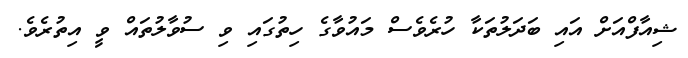
ޝިއާފްއަށް އައި ބަދަލުތަކާ ހުރެވެސް މައުވާގެ ހިތުގައި ވި ސުވާލުތައް ވީ އިތުރެވެ.